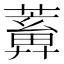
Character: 𦿤